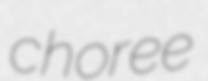
choree